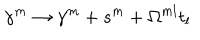
\gamma ^ { m } \to \gamma ^ { m } + s ^ { m } + \Omega ^ { m l } t _ { l }